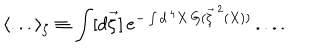
\langle . . . \rangle _ { \zeta } \equiv \int [ d \vec { \zeta } ] \, e ^ { - \int d ^ { \, 4 } X \, G ( \vec { \zeta } ^ { \, 2 } ( X ) ) } \, . . . .